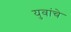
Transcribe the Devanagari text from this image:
युवांचे